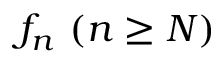
f _ { n } \ ( n \geq N )